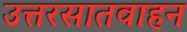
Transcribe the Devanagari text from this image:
उत्तरसातवाहन